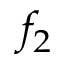
f _ { 2 }